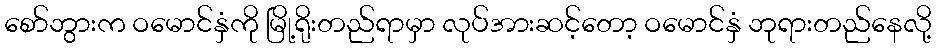
စော်ဘွားက ဝမောင်နှံကို မြို့ရိုးတည်ရာမှာ လုပ်အားဆင့်တော့ ဝမောင်နှံ ဘုရားတည်နေလို့